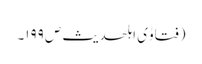
(فتاوٰی اہلحدیث ص ۱۹۹۔